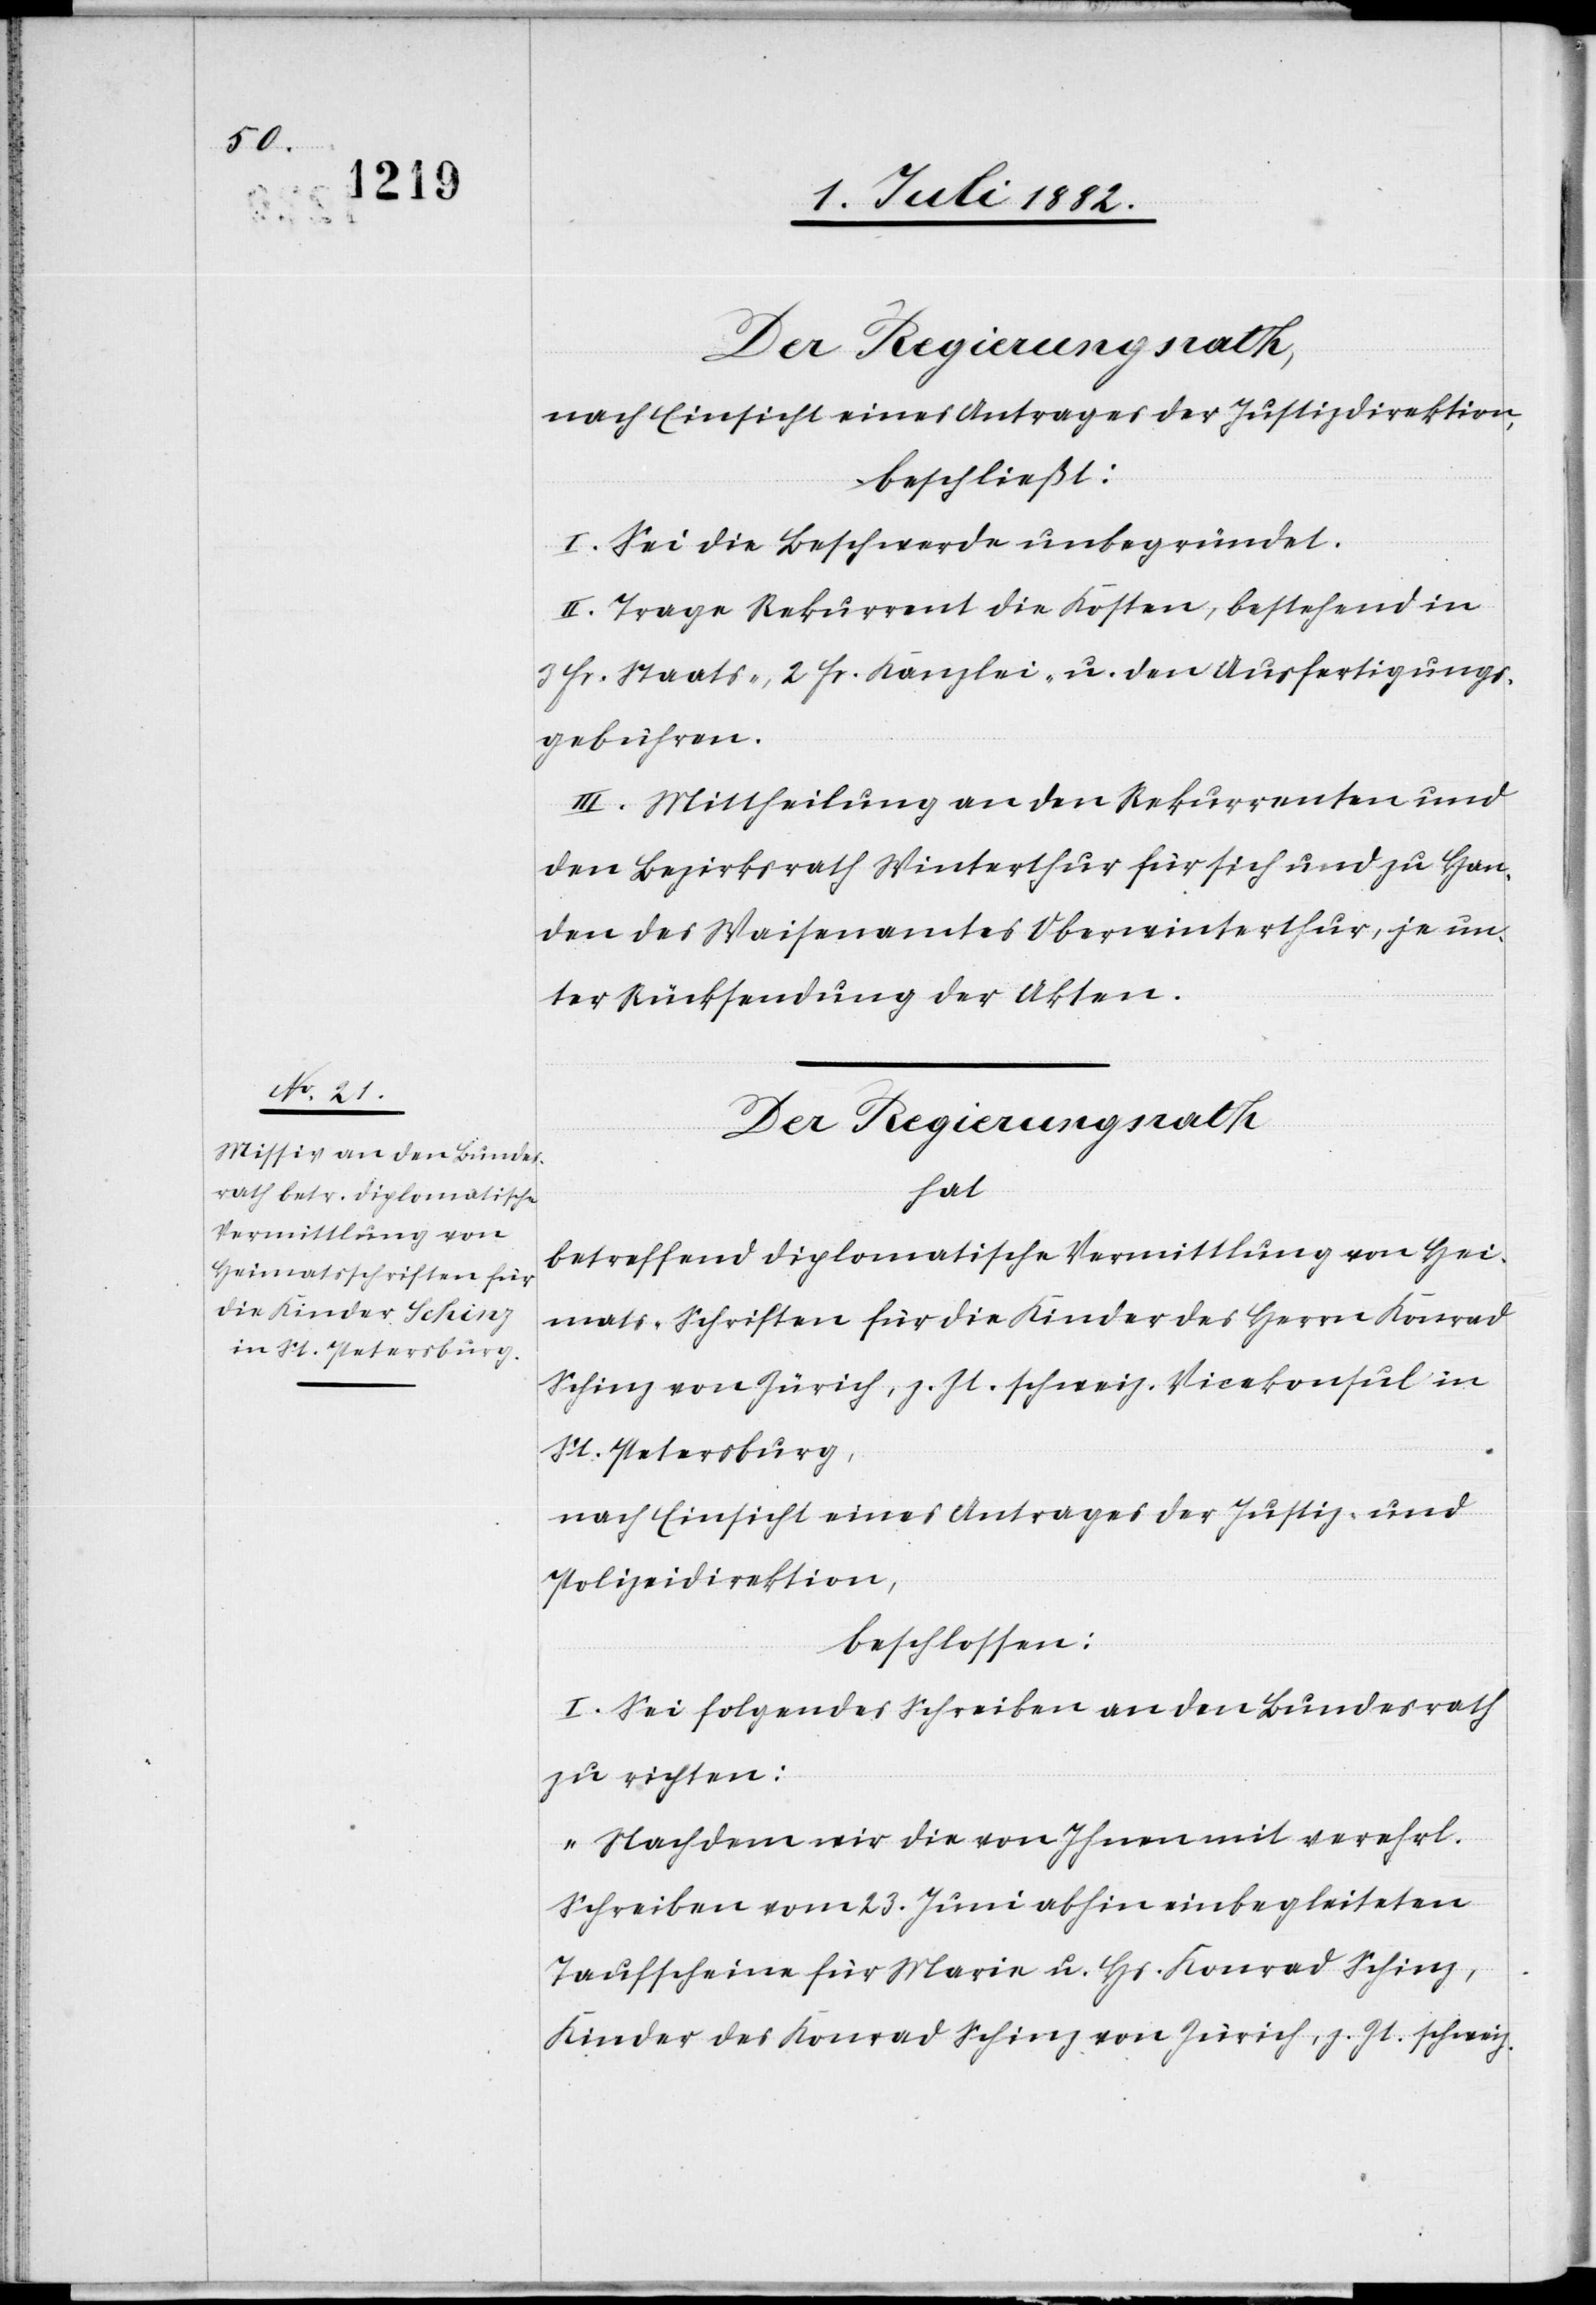
Der Regierungsrath,
nach Einsicht eines Antrages der Justizdirektion,
beschließt:
l. Sei die Beschwerde unbegründet.
II. Trage Rekurrent die Kosten, bestehend in
3 Fr. Staats- 2 Fr. Kanzlei- u. den Ausfertigungs¬
gebühren.
III. Mittheilung an den Rekurrenten und
den Bezirksrath Winterthur für sich und zu Han¬
den des Waisenamtes Oberwinterthur, je un¬
ter Rücksendung der Akten.
Der Regierungsrath
hat
betreffend diplomatische Vermittlung von Hei¬
mats-Schriften für die Kinder des Herrn Konrad
Schinz von Zürich, z. Zt. schweiz. Vicekonsul in
St. Petersburg,
nach Einsicht eines Antrages der Justiz- &
Polizeidirektion,
beschlossen:
I. Sei folgendes Schreiben an den Bundesrath
zu richten:
„Nachdem wir die von Ihnen mit verehrl.
Schreiben vom 23. Juni abhin einbegleiteten
Taufscheine für Maria u. Hs. Konrad Schinz,
Kinder des Konrad Schinz von Zürich, z. Zt. schweiz.